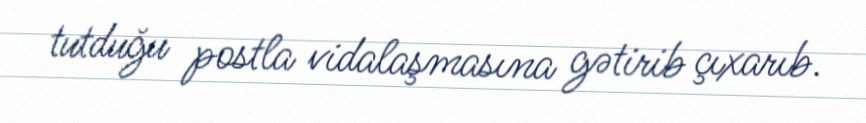
tutduğu postla vidalaşmasına gətirib çıxarıb.